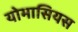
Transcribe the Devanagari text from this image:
योमासियस